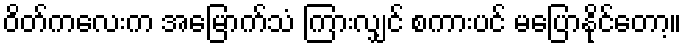
ဝိတ်ကလေးက အမြောက်သံ ကြားလျှင် စကားပင် မပြောနိုင်တော့။